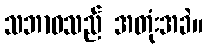
သဘာဝသည် အတုံးအခဲ။